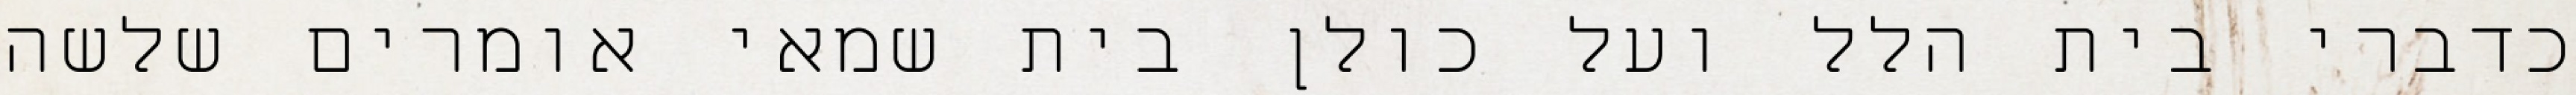
כדברי בית הלל ועל כולן בית שמאי אומרים שלשה